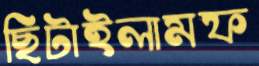
ছিটাইলামফ